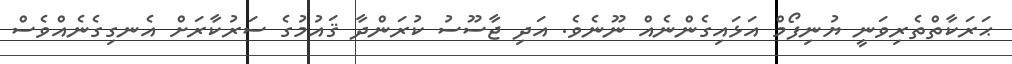
ޙަރަކާތްތެރިވަނީ ޔުނިފޯމް އަޅައިގެންނެއް ނޫނެވެ. އަދި ޖާސޫސު ކުރަންދާ ޤައުމުގެ ސަރުކާރަށް އެނގިގެނެއްވެސް